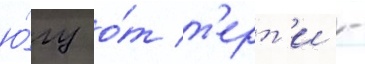
ю́гу о́т т'ерт'и -